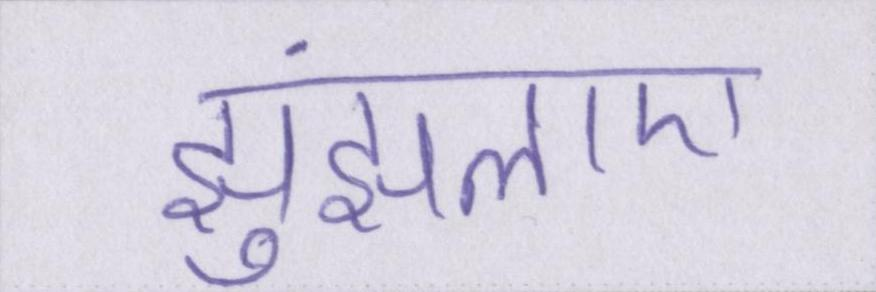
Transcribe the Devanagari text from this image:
झुंझलाए